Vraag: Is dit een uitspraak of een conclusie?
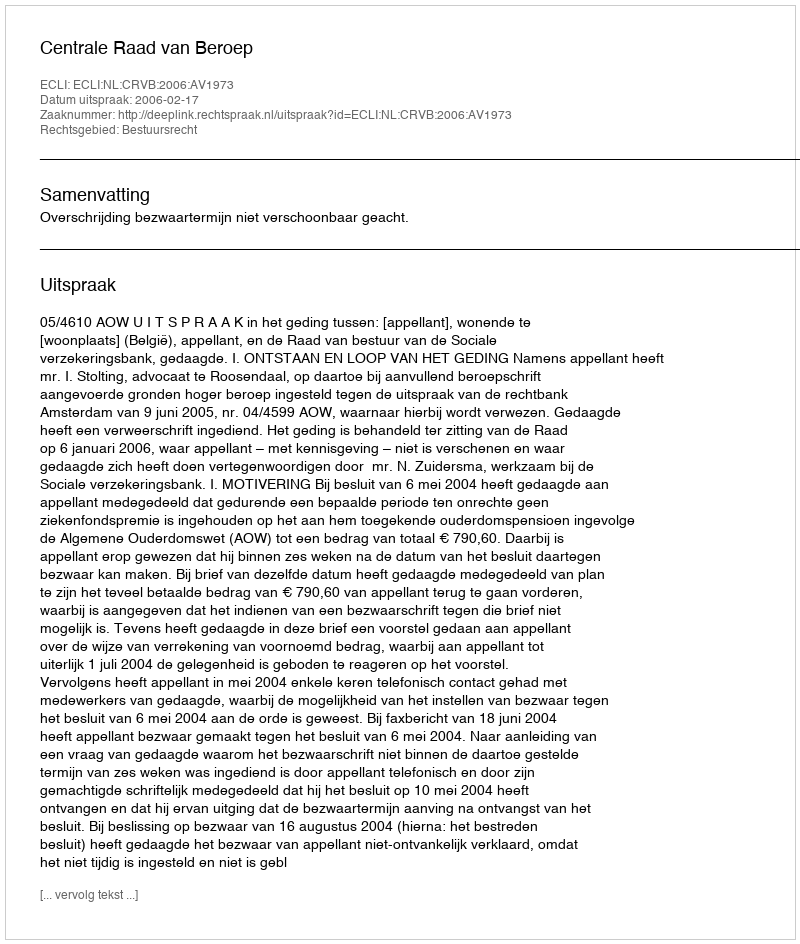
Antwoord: Uitspraak